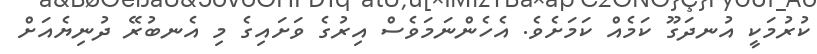
ކުރުމަކީ އުނދަގޫ ކަމެއް ކަމަށެވެ. އެހެންނަމަވެސް އިރުގެ ވަށައިގެ މި އެނބުރޭ ދުނިޔެއަށް